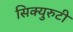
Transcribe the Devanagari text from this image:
सिक्युरुटी